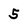
Character: 5